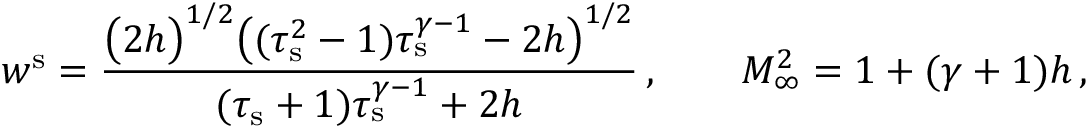
w ^ { \mathrm { s } } = \frac { \big ( 2 h \big ) ^ { 1 / 2 } \big ( ( \tau _ { \mathrm { s } } ^ { 2 } - 1 ) \tau _ { \mathrm { s } } ^ { \gamma - 1 } - 2 h \big ) ^ { 1 / 2 } } { ( \tau _ { \mathrm { s } } + 1 ) \tau _ { \mathrm { s } } ^ { \gamma - 1 } + 2 h } \, , \qquad M _ { \infty } ^ { 2 } = 1 + ( \gamma + 1 ) h \, ,